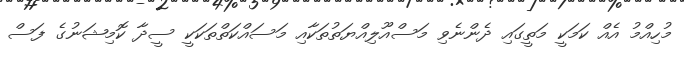
މުހިއްމު އެއް ކަމަކީ މަތީގައި ދެންނެވި މަސްއޫލިއްޔަތުތަކާއި މަސައްކަތްތަކަކީ ސީދާ ކޮމިޝަނުގެ ފަސް